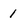
Character: 1